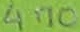
Text: 470